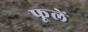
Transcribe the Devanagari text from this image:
फूलें